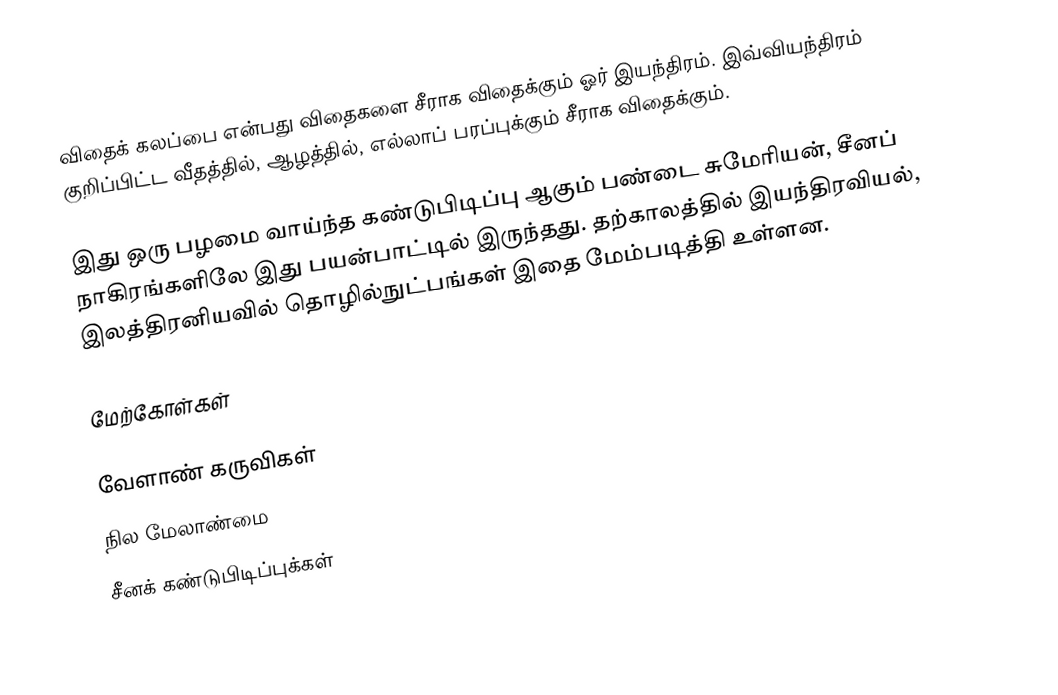
விதைக் கலப்பை என்பது விதைகளை சீராக விதைக்கும் ஓர் இயந்திரம்.  இவ்வியந்திரம் குறிப்பிட்ட வீதத்தில், ஆழத்தில், எல்லாப் பரப்புக்கும் சீராக விதைக்கும்.

இது ஒரு பழமை வாய்ந்த கண்டுபிடிப்பு ஆகும் பண்டை சுமேரியன், சீனப் நாகிரங்களிலே இது பயன்பாட்டில் இருந்தது.  தற்காலத்தில் இயந்திரவியல், இலத்திரனியவில் தொழில்நுட்பங்கள் இதை மேம்படித்தி உள்ளன.

மேற்கோள்கள்

வேளாண் கருவிகள்
நில மேலாண்மை
சீனக் கண்டுபிடிப்புக்கள்